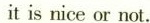
it is nice or not.